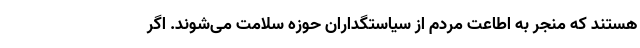
هستند که منجر به اطاعت مردم از سیاستگداران حوزه سلامت می‌شوند. اگر